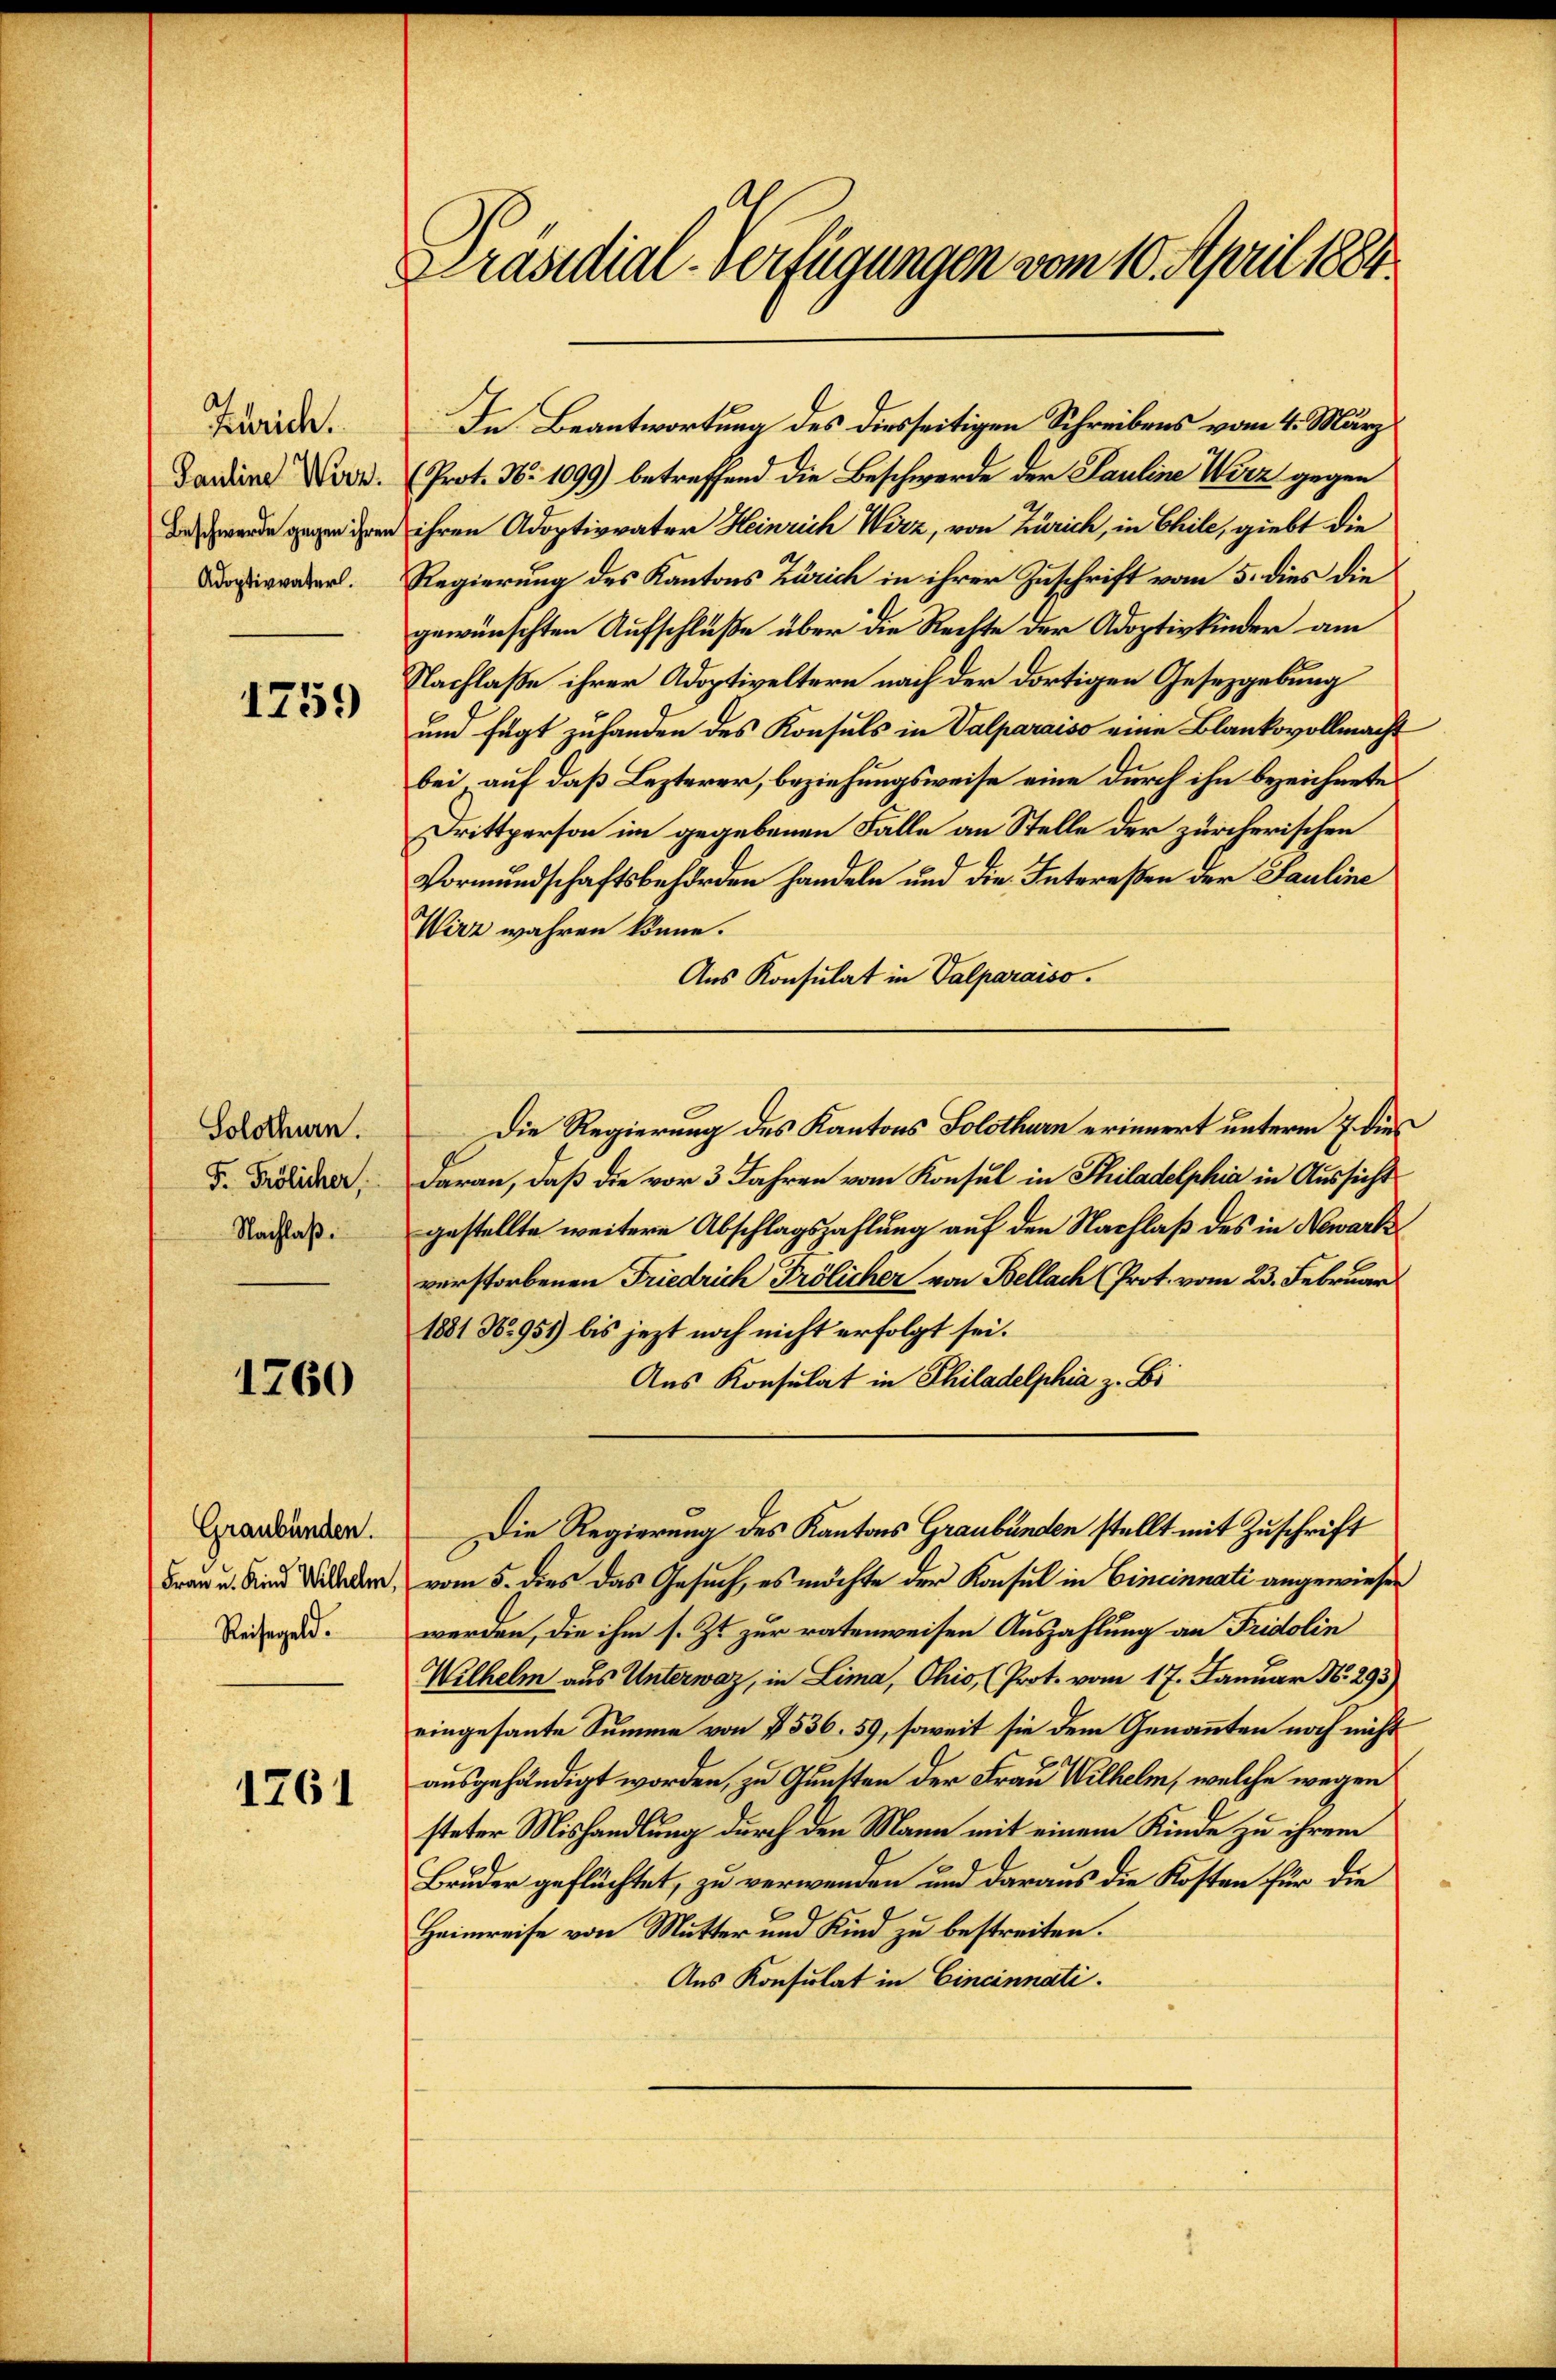
Zürich.
Pauline Wirz.
Beschwerde gegen ihren
Adoptivvaterl.

1759

Solothurn.
F. Frölicher,
Nachlaß.

1760

Graubünden.
Frau u. Kind Wilhelm,
Reisegeld.

1761

Präsidial-Verfügungen vom 10. April 1884.

(Prot. N. 1099) betreffend die Beschwerde der Pauline Wirz gegen
ihren Adoptivvater Heinrich Wirz, von Zürich, in Chile, giebt die
Regierung des Kantons Zürich in ihrer Zuschrift vom 5. dies die
gewünschten Aufschluße über die Rechte der Adoptivkinder am
Nachlaße ihrer Adoptiveltern nach der dortigen Gesetzgebung
und fügt zuhanden des Konsuls in Valparaiso eine Blankovollmacht
bei auf daß Lezterer, beziehungsweise eine durch ihn bezeichnete
Drittperson im gegebenen Fälle an Stelle der zürcherischen
Vormundschaftsbehörden handeln und die Intereßen der Sauline
Wirz wahren könne.
Aus Konsulat in Valparaiso
Die Regierung des Kantons Solothurn erinnert unterm 7. die
daran, daß die vor 3 Jahren vom Konsul in Philadelphia in Aussicht
gestellte weitere Abschlagszahlung auf den Nachlaß des in Nowarkverstorbenen Friedrich Frölicher von Bellach (Prot. vom 23. Februar
1881 No 951) bis jezt noch nicht erfolgt sei.
Aus Konsulat in Philadelphia z. Ei
Die Regierung des Kantons Graubünden stellt mit Zuschrift
vom 5. dies das Gesuch, es möchte der Konsul in Cincinnati angewiesen
werden, die ihm s. Zt. zur ratenweisen Auszahlung an Fridolin
Wilhelm aus Unterwaz, in Lima, Ohio (Prot. vom 17. Januar N. 293)
eingesante Summe von § 536. 59, soweit sie dem Genannten noch nicht
ausgehändigt worden, zu Gunsten der Frau Wilhelm, welche wegen
steter Mishandlung durch den Mann mit einem Kinde zu ihrem
Bruder geflüchtet, zu verwenden und daraus die Kosten für die
Heimreise von Mutter und Kind zu bestreiten.
Aus Konsulat in Cincinnati.

In Beantwortung des diesseitigen Schreibens vom 4. März